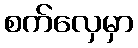
စက်လှေမှာ